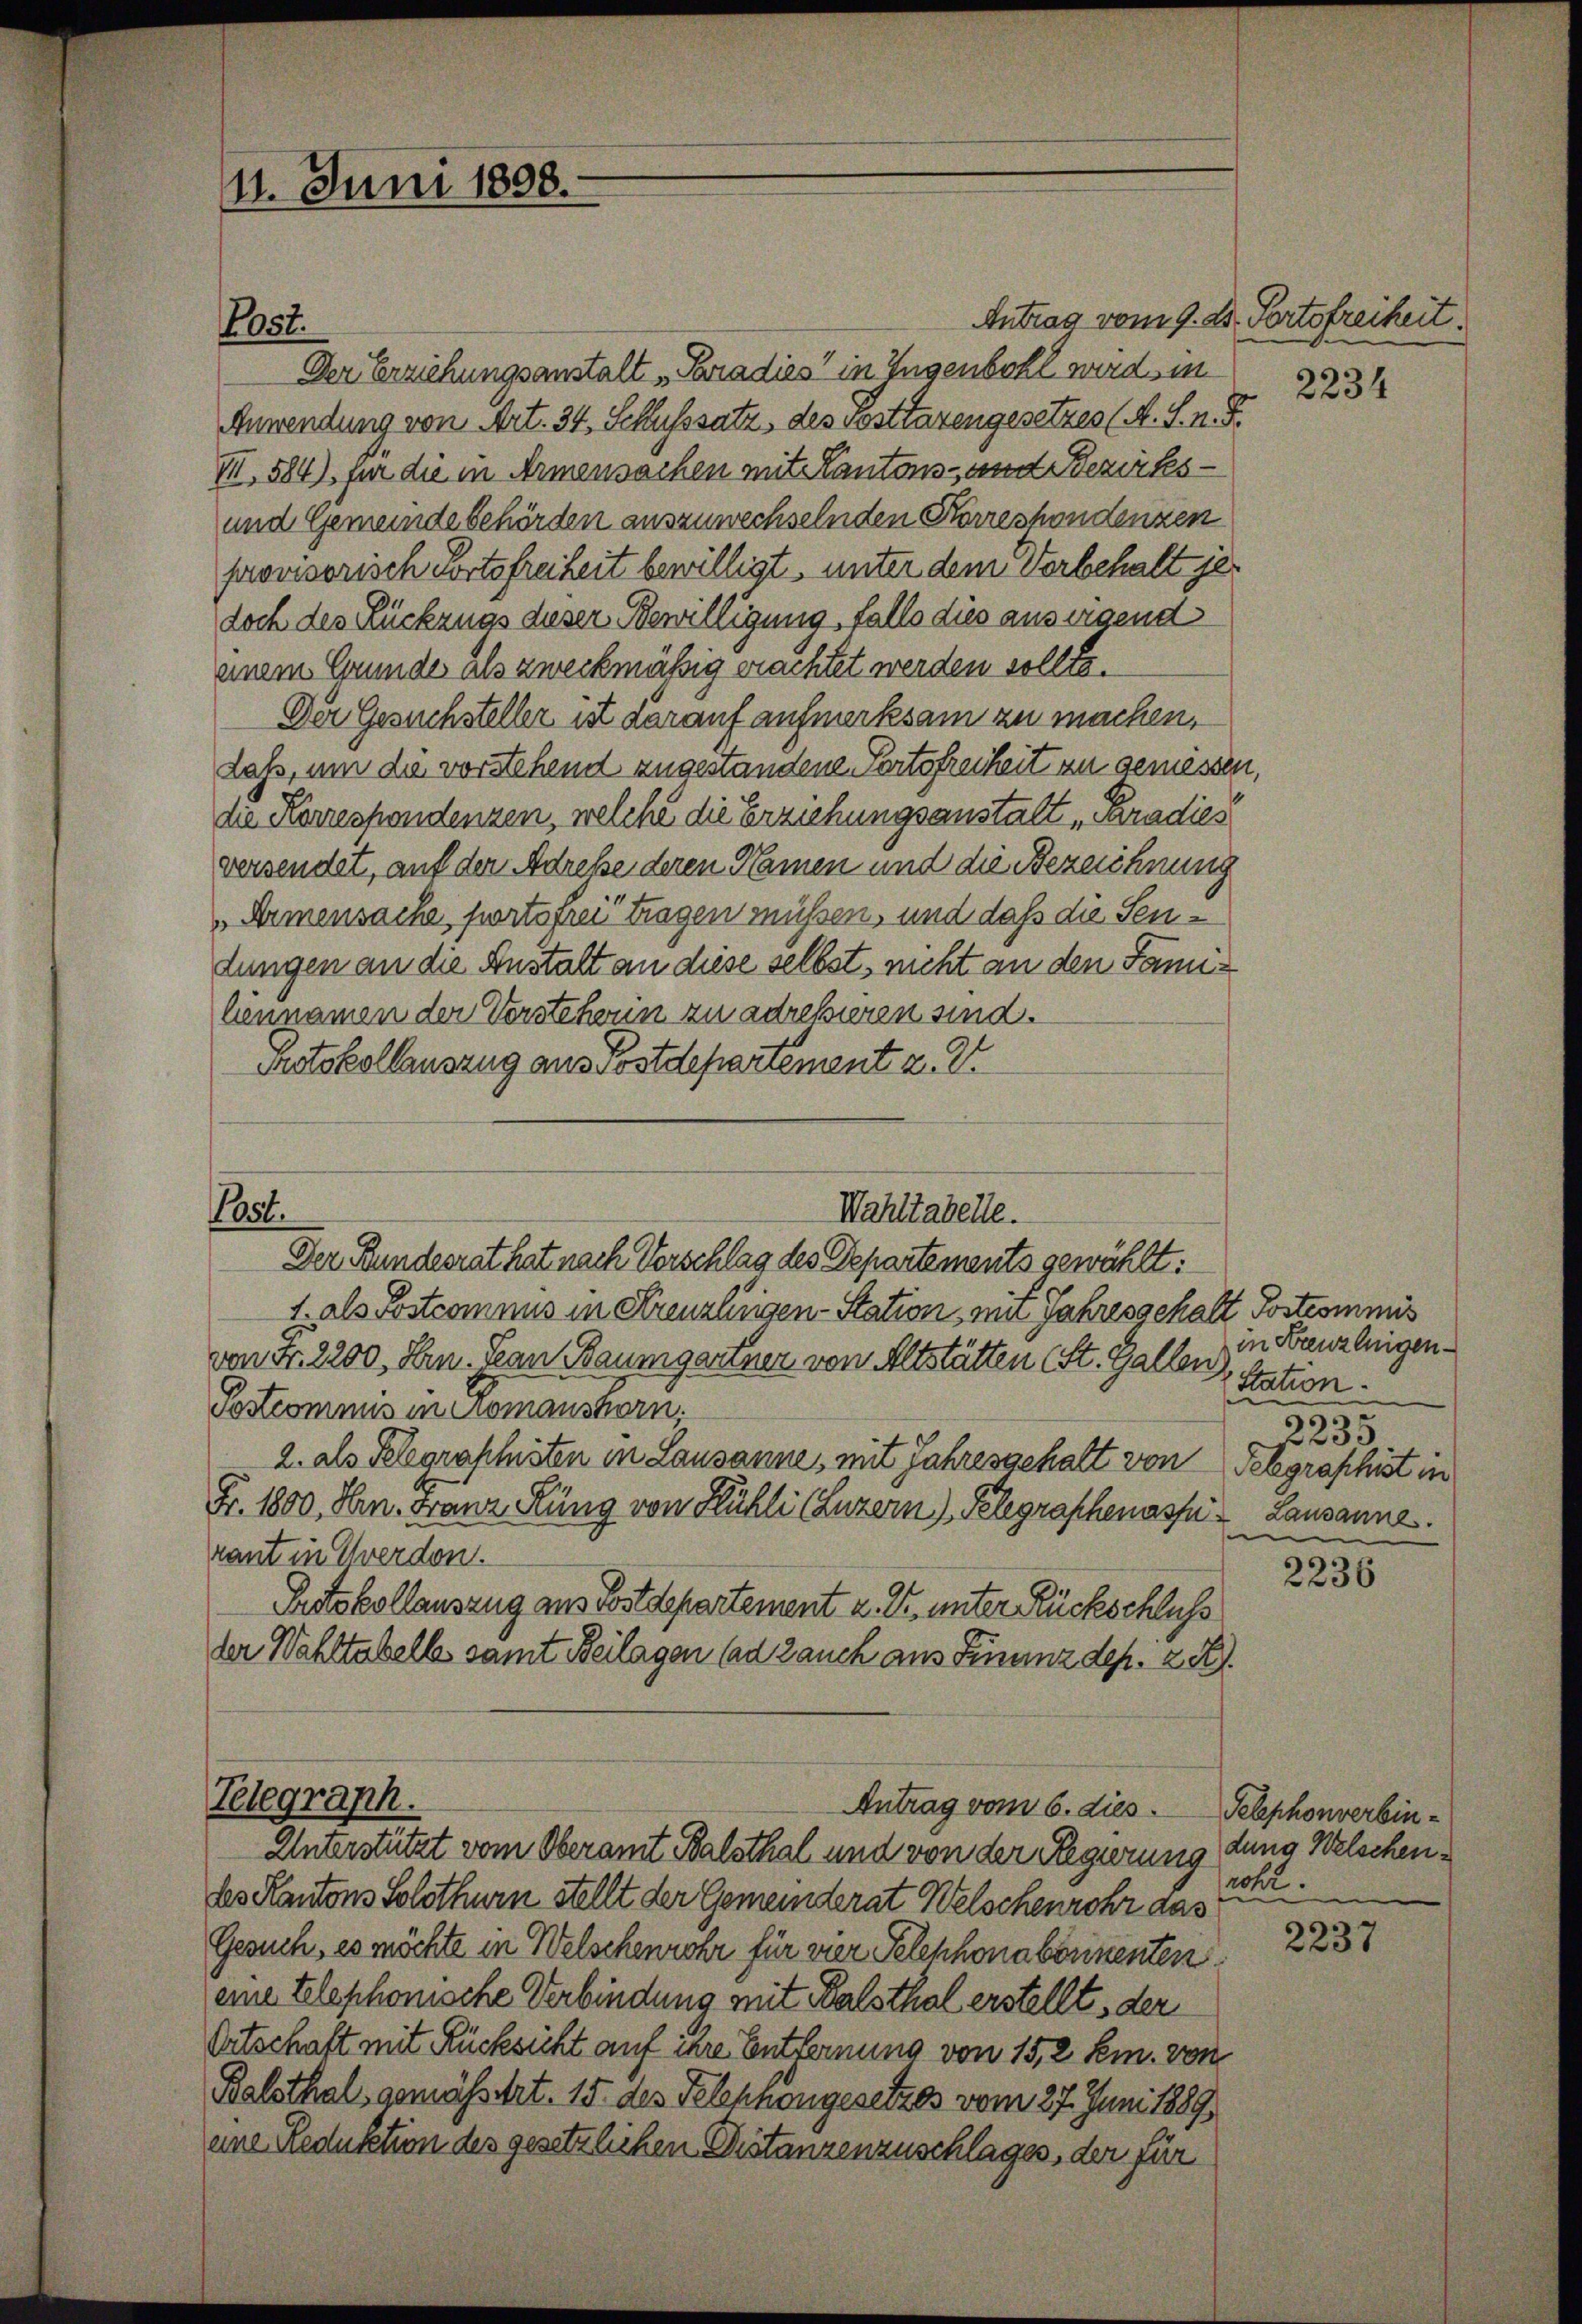
11. Juni 1898.

Post.

Post.

Antrag vom 9. d. Portofreiheit.
Der Erziehungsanstalt „Paradies in Ingenbohl wird sin
Anwendung von Art. 34, Schlusssatz, des Posttarengesetzes (A. S. n. F.
III, 584), für die in Armensachen mit Kantons- und Bezirks¬
und Gemeinde behörden auszuwechselnden Korrespondenzen
provisorisch Fortsfreiheit bewilligt, unter dem Vorbehalt jedoch des Rückzugs dieser Bewilligung, falls dies aus irgend
einem Grunde als zweckmäßig erachtet werden sollte.
Der Gesuchsteller ist darauf aufmerksam zu machen,
daß, um die vorstehend zugestandene Portofreiheit zu gemessen,
die Korrespondenzen, welche die Erziehungsanstalt Paradies
versendet, auf der Adresse deren Namen und die Bezeichnung
Armensache, fortsfrei tragen müssen, und daß die Sendungen an die Anstalt an diese selbst, nicht an den Familiennamen der Verstehern zu adressieren sind.
Protokollauszug aus Postdepartement z. B.
Der Bundesrat hat nach Vorschlag des Departements gewählt:
1. als Postcomnus in Kreuzlinigen Station, ein Jahresgehalt Postcommis
von Fr. 2200, Hrn. Jean Baumgartner von Altstätten (St. Gallen,
Postcommis in romanshorn,
2. als Selgraschsten in Lausanne, mit Jahresgehalt von
Fr. 1800. Hrn. Franz Küng von Kühli (Luzern) Pelegraphenasse
rant in Yverdon.
Protokollauszug aus Postdepartement z. Z. unter Rückschluss
der Wahltabelle samt Beilagen (ad Jauch aus Finanzdep. 2. X.
Telegraph.
Antrag vom 6. dies Telephonverbin¬
Unterstützt vom Oberamt Balsthal und von der Regierung dung Welschendes Kantons Solothurn stellt der Gemeinderat Welschenrohr das
Gesuch, es möchte in Welschenrohr für vier Telephonaborienten
eine telephonische Verbindung mit Balsthal erstellt, der
Ortschaft mit Rücksicht auf ihre Entfernung von 15,2 sein. von
Balsthal gemässert. 15. des Telephongesetzes vom 27. Juni 1889
ene Reduktion des gesetzlichen Distanzenzuschlages, der für

Wahltabelle.

.

2234

in Brenzleigen
Station.
5
2233
Telegraphist in
Lausannes.

2236

roht.

2237